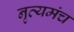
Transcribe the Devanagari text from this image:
नृत्यमंच